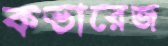
কভারেজ